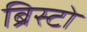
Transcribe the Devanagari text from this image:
ब्रिस्टो